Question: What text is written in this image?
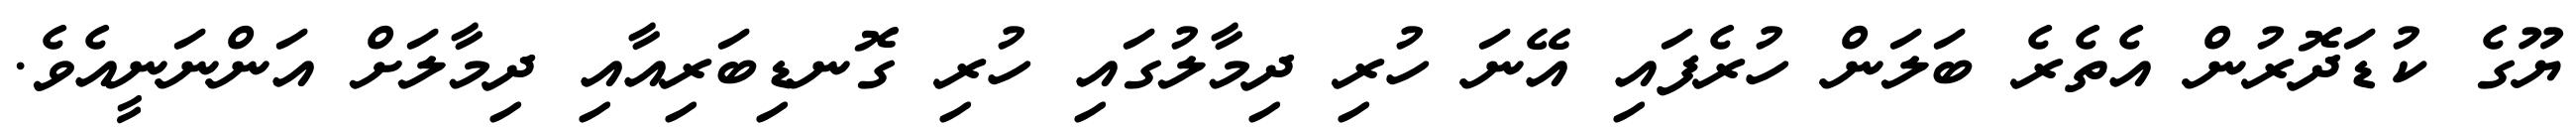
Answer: ޔޫގެ ކުޑަދޮރުން އެތެރެ ބަލަން ހުރެފައި އޭނަ ހުރި ދިމާލުގައި ހުރި ގޮނޑިބަރިއާއި ދިމާލަށް އަންނަނީއެވެ.